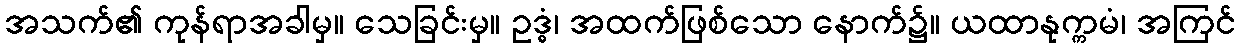
အသက်၏ ကုန်ရာအခါမှ။ သေခြင်းမှ။ ဥဒ္ဓံ၊ အထက်ဖြစ်သော နောက်၌။ ယထာနုက္ကမံ၊ အကြင်